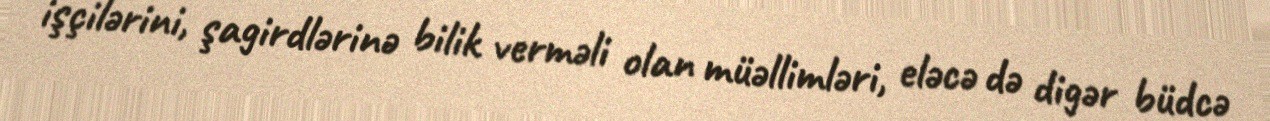
işçilərini, şagirdlərinə bilik verməli olan müəllimləri, eləcə də digər büdcə